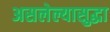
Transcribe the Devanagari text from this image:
असलेल्यासुद्धा